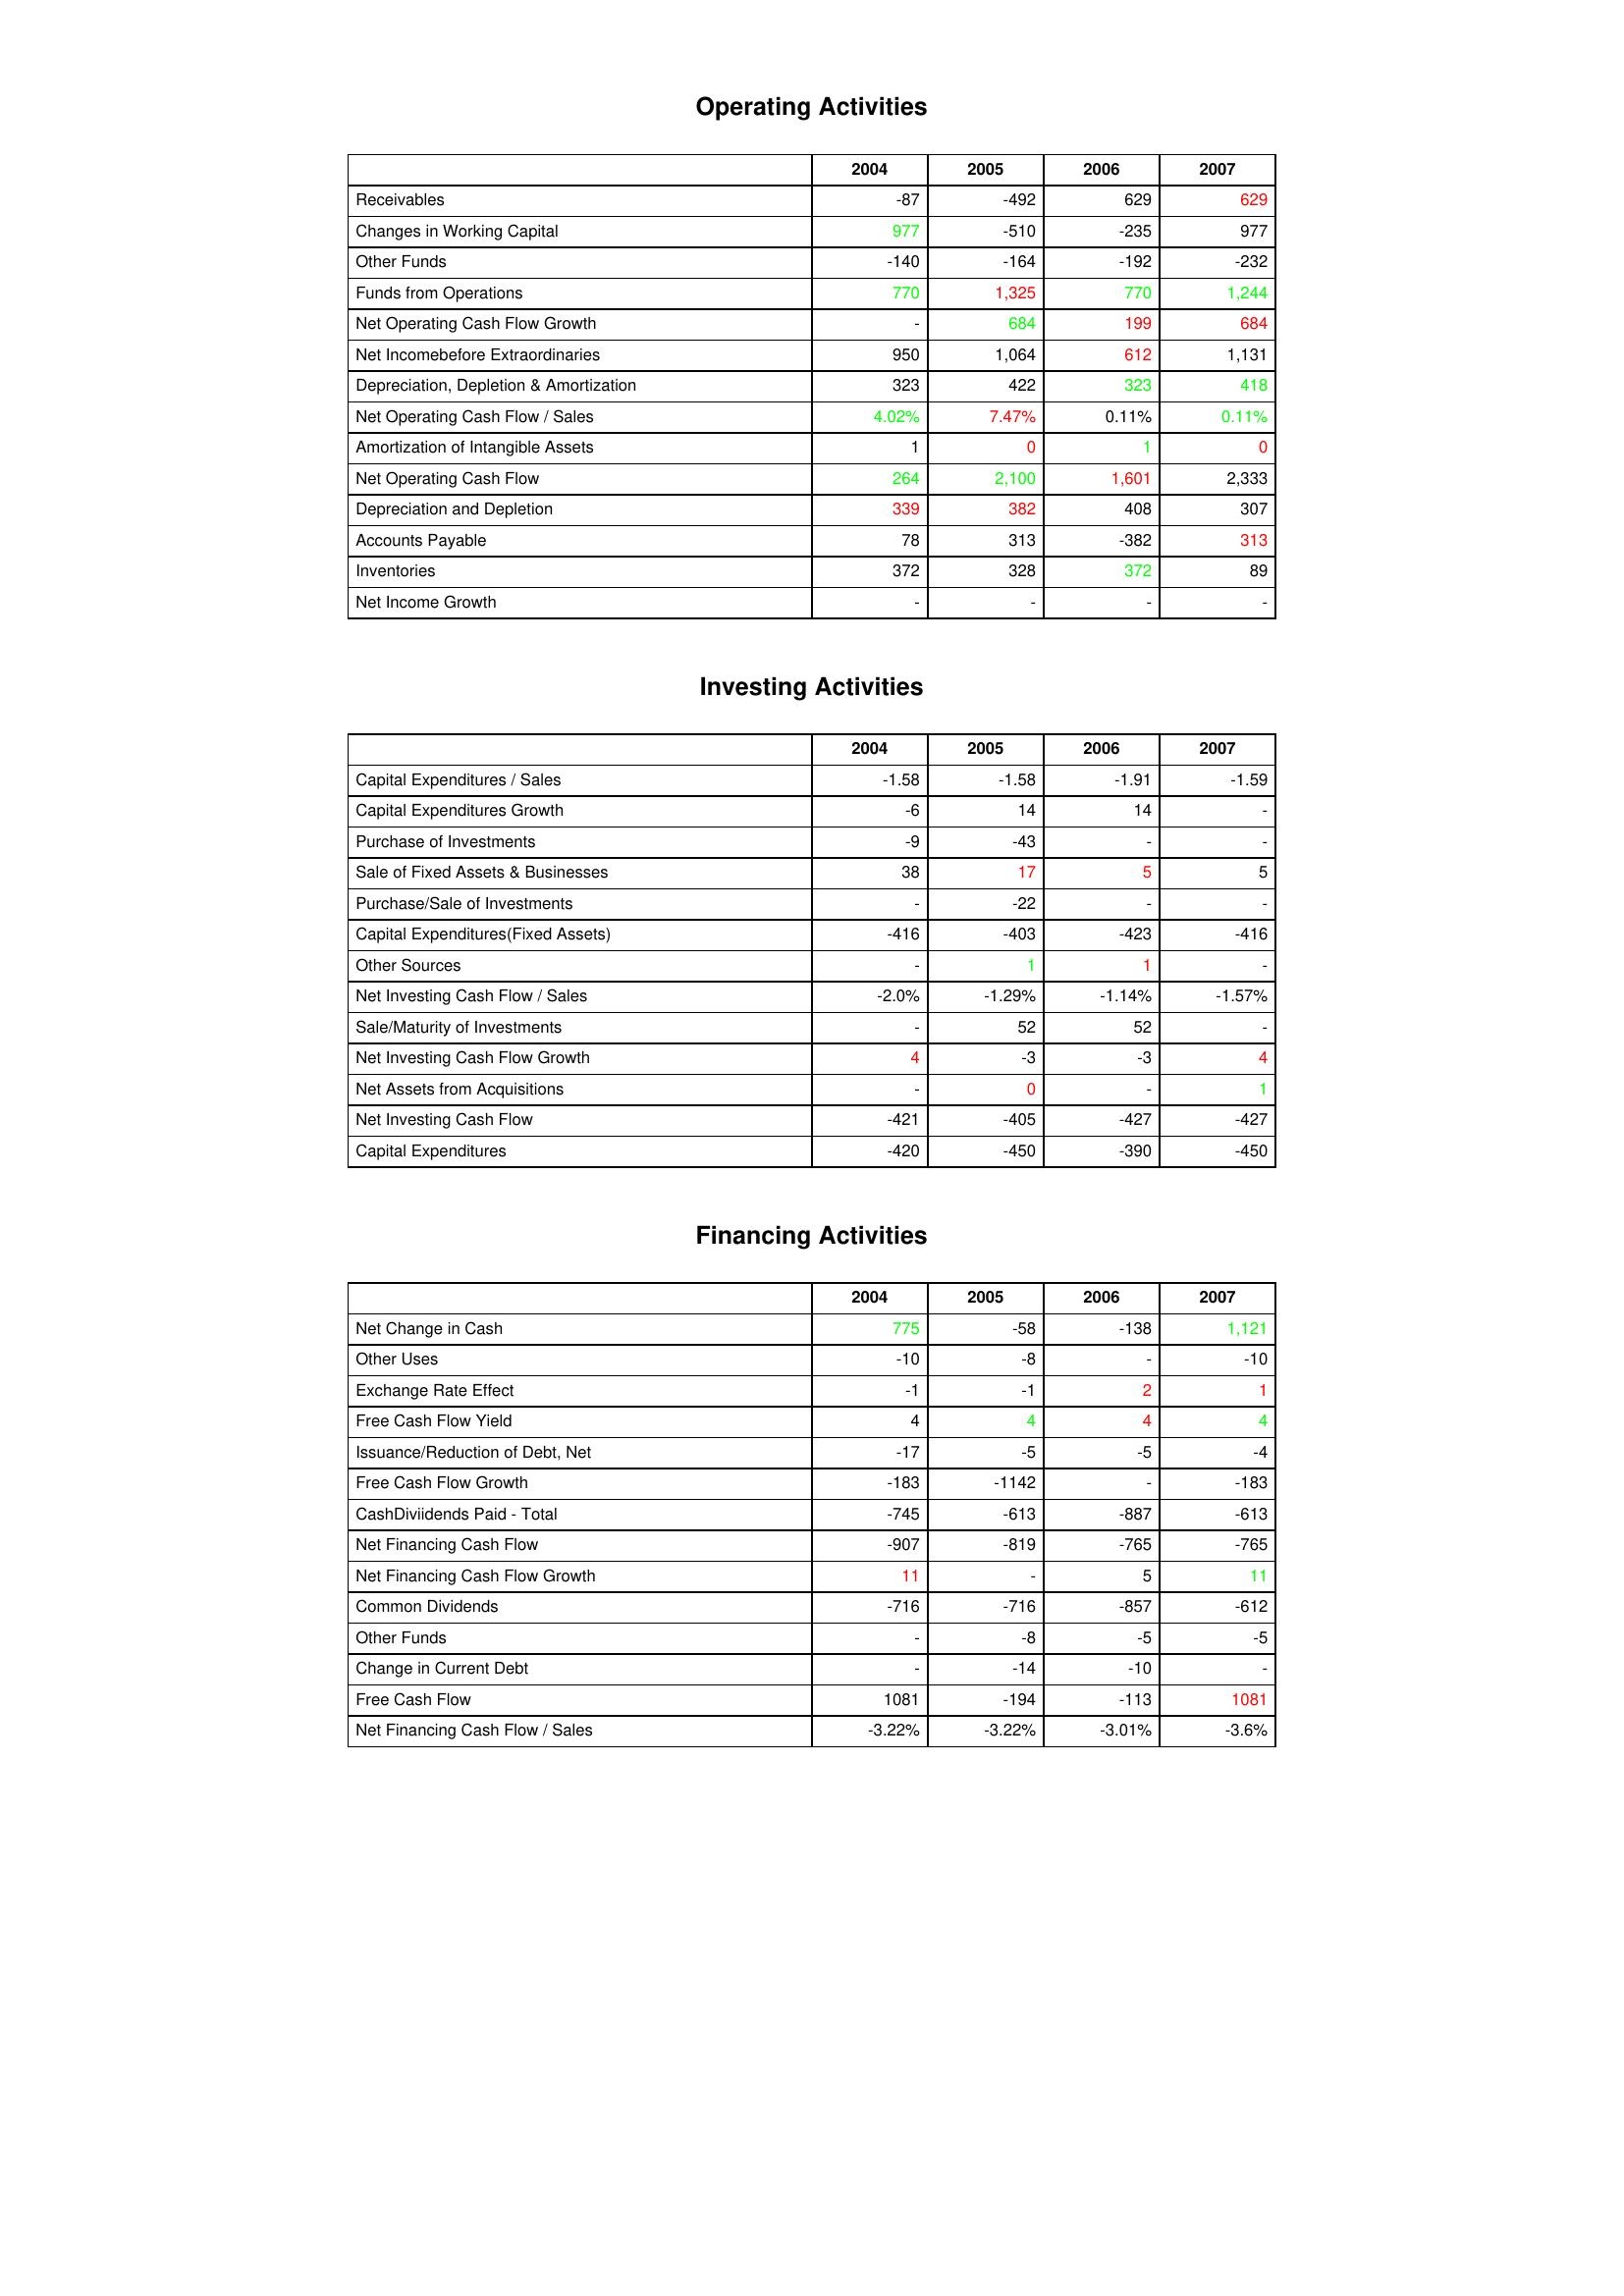
gt_parse: 2004: Operating Activities: Receivables: -87
Changes in Working Capital: 977
Other Funds: -140
Funds from Operations: 770
Net Operating Cash Flow Growth: -
Net Incomebefore Extraordinaries: 950
Depreciation, Depletion & Amortization: 323
Net Operating Cash Flow / Sales: 4.02%
Amortization of Intangible Assets: 1
Net Operating Cash Flow: 264
Depreciation and Depletion: 339
Accounts Payable: 78
Inventories: 372
Net Income Growth: -
Investing Activities: Capital Expenditures / Sales: -1.58
Capital Expenditures Growth: -6
Purchase of Investments: -9
Sale of Fixed Assets & Businesses: 38
Purchase/Sale of Investments: -
Capital Expenditures(Fixed Assets): -416
Other Sources: -
Net Investing Cash Flow / Sales: -2.0%
Sale/Maturity of Investments: -
Net Investing Cash Flow Growth: 4
Net Assets from Acquisitions: -
Net Investing Cash Flow: -421
Capital Expenditures: -420
Financing Activities: Net Change in Cash: 775
Other Uses: -10
Exchange Rate Effect: -1
Free Cash Flow Yield: 4
Issuance/Reduction of Debt, Net: -17
Free Cash Flow Growth: -183
CashDiviidends Paid - Total: -745
Net Financing Cash Flow: -907
Net Financing Cash Flow Growth: 11
Common Dividends: -716
Other Funds: -
Change in Current Debt: -
Free Cash Flow: 1081
Net Financing Cash Flow / Sales: -3.22%
2005: Operating Activities: Receivables: -492
Changes in Working Capital: -510
Other Funds: -164
Funds from Operations: 1,325
Net Operating Cash Flow Growth: 684
Net Incomebefore Extraordinaries: 1,064
Depreciation, Depletion & Amortization: 422
Net Operating Cash Flow / Sales: 7.47%
Amortization of Intangible Assets: 0
Net Operating Cash Flow: 2,100
Depreciation and Depletion: 382
Accounts Payable: 313
Inventories: 328
Net Income Growth: -
Investing Activities: Capital Expenditures / Sales: -1.58
Capital Expenditures Growth: 14
Purchase of Investments: -43
Sale of Fixed Assets & Businesses: 17
Purchase/Sale of Investments: -22
Capital Expenditures(Fixed Assets): -403
Other Sources: 1
Net Investing Cash Flow / Sales: -1.29%
Sale/Maturity of Investments: 52
Net Investing Cash Flow Growth: -3
Net Assets from Acquisitions: 0
Net Investing Cash Flow: -405
Capital Expenditures: -450
Financing Activities: Net Change in Cash: -58
Other Uses: -8
Exchange Rate Effect: -1
Free Cash Flow Yield: 4
Issuance/Reduction of Debt, Net: -5
Free Cash Flow Growth: -1142
CashDiviidends Paid - Total: -613
Net Financing Cash Flow: -819
Net Financing Cash Flow Growth: -
Common Dividends: -716
Other Funds: -8
Change in Current Debt: -14
Free Cash Flow: -194
Net Financing Cash Flow / Sales: -3.22%
2006: Operating Activities: Receivables: 629
Changes in Working Capital: -235
Other Funds: -192
Funds from Operations: 770
Net Operating Cash Flow Growth: 199
Net Incomebefore Extraordinaries: 612
Depreciation, Depletion & Amortization: 323
Net Operating Cash Flow / Sales: 0.11%
Amortization of Intangible Assets: 1
Net Operating Cash Flow: 1,601
Depreciation and Depletion: 408
Accounts Payable: -382
Inventories: 372
Net Income Growth: -
Investing Activities: Capital Expenditures / Sales: -1.91
Capital Expenditures Growth: 14
Purchase of Investments: -
Sale of Fixed Assets & Businesses: 5
Purchase/Sale of Investments: -
Capital Expenditures(Fixed Assets): -423
Other Sources: 1
Net Investing Cash Flow / Sales: -1.14%
Sale/Maturity of Investments: 52
Net Investing Cash Flow Growth: -3
Net Assets from Acquisitions: -
Net Investing Cash Flow: -427
Capital Expenditures: -390
Financing Activities: Net Change in Cash: -138
Other Uses: -
Exchange Rate Effect: 2
Free Cash Flow Yield: 4
Issuance/Reduction of Debt, Net: -5
Free Cash Flow Growth: -
CashDiviidends Paid - Total: -887
Net Financing Cash Flow: -765
Net Financing Cash Flow Growth: 5
Common Dividends: -857
Other Funds: -5
Change in Current Debt: -10
Free Cash Flow: -113
Net Financing Cash Flow / Sales: -3.01%
2007: Operating Activities: Receivables: 629
Changes in Working Capital: 977
Other Funds: -232
Funds from Operations: 1,244
Net Operating Cash Flow Growth: 684
Net Incomebefore Extraordinaries: 1,131
Depreciation, Depletion & Amortization: 418
Net Operating Cash Flow / Sales: 0.11%
Amortization of Intangible Assets: 0
Net Operating Cash Flow: 2,333
Depreciation and Depletion: 307
Accounts Payable: 313
Inventories: 89
Net Income Growth: -
Investing Activities: Capital Expenditures / Sales: -1.59
Capital Expenditures Growth: -
Purchase of Investments: -
Sale of Fixed Assets & Businesses: 5
Purchase/Sale of Investments: -
Capital Expenditures(Fixed Assets): -416
Other Sources: -
Net Investing Cash Flow / Sales: -1.57%
Sale/Maturity of Investments: -
Net Investing Cash Flow Growth: 4
Net Assets from Acquisitions: 1
Net Investing Cash Flow: -427
Capital Expenditures: -450
Financing Activities: Net Change in Cash: 1,121
Other Uses: -10
Exchange Rate Effect: 1
Free Cash Flow Yield: 4
Issuance/Reduction of Debt, Net: -4
Free Cash Flow Growth: -183
CashDiviidends Paid - Total: -613
Net Financing Cash Flow: -765
Net Financing Cash Flow Growth: 11
Common Dividends: -612
Other Funds: -5
Change in Current Debt: -
Free Cash Flow: 1081
Net Financing Cash Flow / Sales: -3.6%